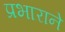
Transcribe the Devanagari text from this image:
प्रभाराने